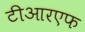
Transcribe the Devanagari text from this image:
टीआरएफ